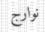
نوارج